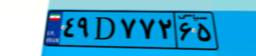
۴۹D۷۷۲۶۵